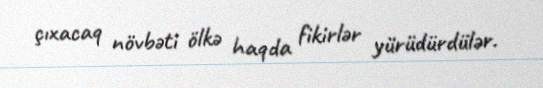
çıxacaq növbəti ölkə haqda fikirlər yürüdürdülər.